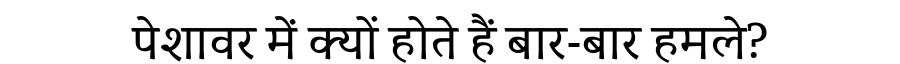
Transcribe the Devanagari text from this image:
पेशावर में क्यों होते हैं बार-बार हमले?